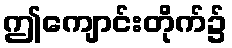
ဤကျောင်းတိုက်၌